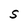
Character: S